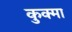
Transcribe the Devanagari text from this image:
कुक्मा